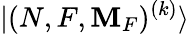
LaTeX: {|(N,F,\mathbf{M}_{F})^{(k)}\rangle}